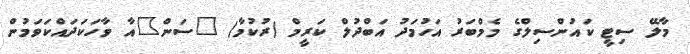
މާލޭ ސިޓީ ކައުންސިލްގެ މެމްބަރު އަހުމަދު އަބްދުލް ކަރީމް (ރުކުމާ) "ސަން"އާ ވާހަކަދައްކަވަމުން